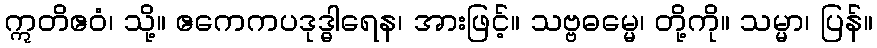
ဣတိဧဝံ၊ သို့။ ဧကေကပဒုဒ္ဓါရေန၊ အားဖြင့်။ သဗ္ဗဓမ္မေ၊ တို့ကို။ သမ္မာ၊ ပြန်။